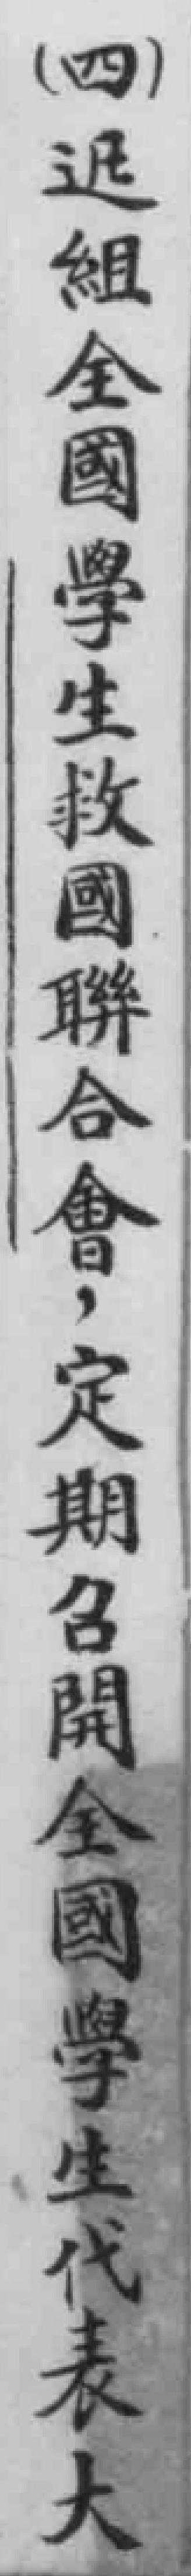
（四）迅組全國學生救國聯合會，定期召開全國學生代表大